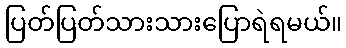
ပြတ်ပြတ်သားသားပြောရဲရမယ်။